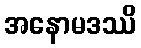
အနောမဒဿိ